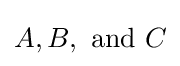
A,B,{\text{ and }}C